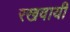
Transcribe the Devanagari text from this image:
रखवायी